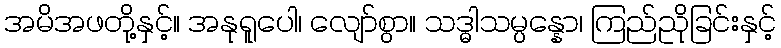
အမိအဖတို့နှင့်။ အနုရူပေါ၊ လျော်စွာ။ သဒ္ဓါသမ္ပန္နော၊ ကြည်ညိုခြင်းနှင့်